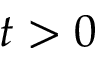
t > 0